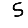
Digit: 5